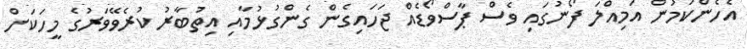
އެހެންކަމުން އަމިއްލަ ފޯނުގައި ވެސް ޕާސްވޯޑެއް ޖަހައިގެން ގެންގުޅުމާއި އިތުބާރު ކުރެވޭވަރުގެ މީހަކަށް